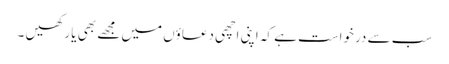
سب سے درخواست ہے کہ اپنی اچھی دعاؤں میں مجھے بھی یا رکھیں ۔